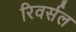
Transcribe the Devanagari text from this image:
रिवर्सल